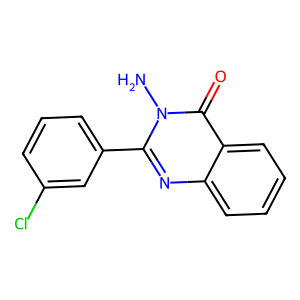
SMILES: Nn1c(-c2cccc(Cl)c2)nc2ccccc2c1=O
Inhibits HIV replication: No